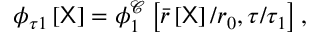
\phi _ { \tau 1 } \left[ \mathsf { X } \right] = \phi _ { 1 } ^ { \mathcal { C } } \left[ \bar { r } \left[ \mathsf { X } \right] / r _ { 0 } , \tau / \tau _ { 1 } \right] ,